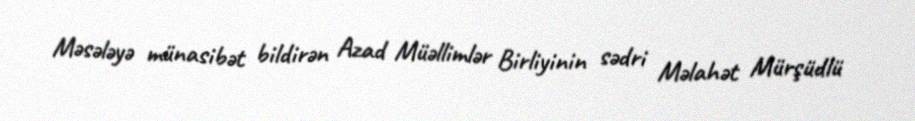
Məsələyə münasibət bildirən Azad Müəllimlər Birliyinin sədri Məlahət Mürşüdlü